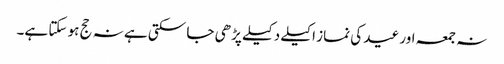
نہ جمعہ اور عید کی نماز اکیلے دکیلے پڑھی جا سکتی ہے نہ حج ہو سکتا ہے۔